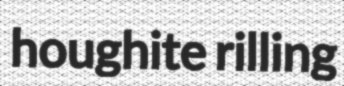
houghite rilling